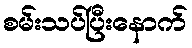
စမ်းသပ်ပြီးနောက်